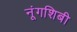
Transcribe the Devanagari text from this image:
नूंगशिबी